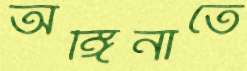
অঙ্গিনাতে